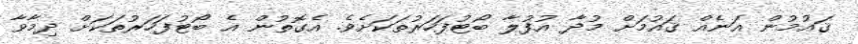
ޤައުމުން އަނެއް ޤައުމަށް މުދާ އުފުލާ ބޯޓުފަހަރުތަކަށެވެ. އެގޮތުން އެ ބޯޓުފަހަރުތަކަށް ދިމާވާ